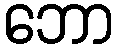
ဘော